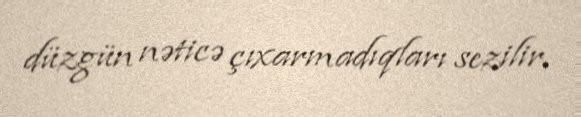
düzgün nəticə çıxarmadıqları sezilir.